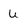
Character: u